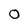
Character: 0